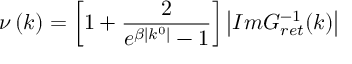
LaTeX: \nu \left( k \right) = \left[ 1 + \frac 2 { e ^ { \beta \left| k ^ { 0 } \right| } - 1 } \right] \left| I m G _ { r e t } ^ { - 1 } ( k ) \right|